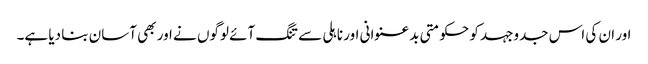
اور ان کی اس جدوجہد کو حکومتی بدعنوانی اور ناہلی سے تنگ آئے لوگوں نے اور بھی آسان بنا دیا ہے۔